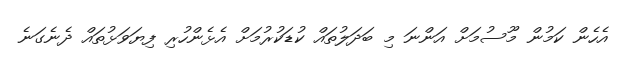
އެހެން ކަމުން މޫސުމަށް އަންނަ މި ބަދަލުތައް ކުޑަކުރުމަށް އެޅެންހުރި ފިޔަވަޅުތައް ދެނެގަނެ